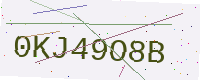
Text: 0KJ49O8B